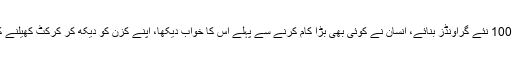
انہوں نے کہا ترقی اور تنزلی انسان کے اپنے ہاتھ میں ہے، خیبرپختونخوا میں 100 نئے گراؤنڈز بنائے، انسان نے کوئی بھی بڑا کام کرنے سے پہلے اس کا خواب دیکھا، اپنے کزن کو دیکھ کر کرکٹ کھیلنے کا خواب دیکھا، جو آخری گیند تک لڑنے کا فیصلہ کرتا ہے وہی آگے جاتا ہے۔